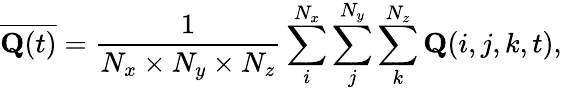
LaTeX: \overline{{\mathbf{Q}(t)}}=\frac{1}{N_{x}\times N_{y}\times N_{z}}\sum_{i}^{N_{x}}\sum_{j}^{N_{y}}\sum_{k}^{N_{z}}{\mathbf Q}(i,j,k,t),